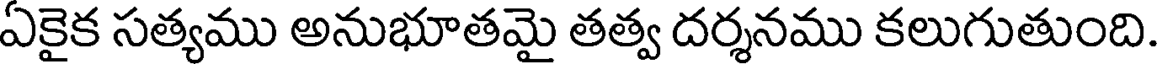
ఏకైక సత్యము అనుభూతమై తత్వ దర్శనము కలుగుతుంది